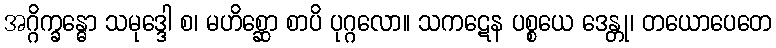
အဂ္ဂိက္ခန္ဓော သမုဒ္ဒေါ စ၊ မဟိစ္ဆော စာပိ ပုဂ္ဂလော။ သကဋေန ပစ္စယေ ဒေန္တု၊ တယောပေတေ